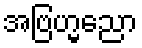
အဗြဟ္မညော